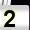
Digit: 2